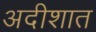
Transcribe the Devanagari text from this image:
अदीशात